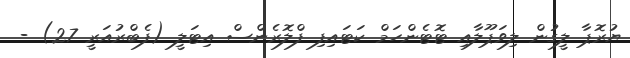
ޔުރޮޕާ ލީގުން ލިވަޕޫލާއި ޓޮޓެންހަމްް ކަޓައިިފި ފްލޮރެންސް އިޓަލީ (ފެބްރުއަރީ 27) -